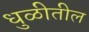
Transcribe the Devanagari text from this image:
धुळीतील